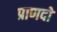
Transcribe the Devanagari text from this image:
प्राणदो